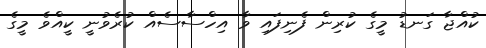
ކުއްޖާ ގަނޑު މީގެ ކުރިން ފެނިފައި ވާ އިހްސާސެއް ކުރެވުނީ ކީއްވެ މީގެ